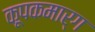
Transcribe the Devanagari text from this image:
कूपकमार्ग